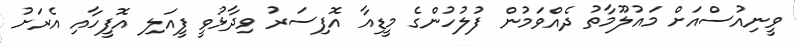
ވީނިއުސްއަށް މައުލޫމާތު ދެއްވަމުން ފުލުހުންގެ މީޑިއާ އޮފިސަރު ވިދާޅުވީ ފީއަލި އޮފީހާއި އެރަށު